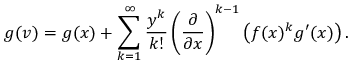
g ( v ) = g ( x ) + \sum _ { k = 1 } ^ { \infty } { \frac { y ^ { k } } { k ! } } \left( { \frac { \partial } { \partial x } } \right) ^ { k - 1 } \left( f ( x ) ^ { k } g ^ { \prime } ( x ) \right) .